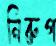
নিরুপ